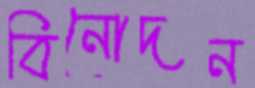
বিনোদন